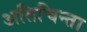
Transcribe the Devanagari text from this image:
अतिचिन्ता